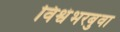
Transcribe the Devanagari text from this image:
विश्वंभरबुवा